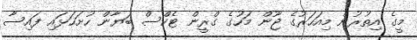
މީގެ އިތުރުން މިއަހަރުގެ ޖޫން މަހުގެ ގްރީން ޓެކްސް ބަޔާން ހުށަހަޅައި ފައިސާ